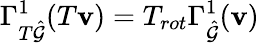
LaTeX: \Gamma_{T\hat{\mathcal{G}}}^{1}(T\mathbf{v})=T_{rot}\Gamma_{\hat{\mathcal{G}}}^{1}(\mathbf{v})